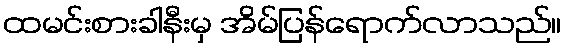
ထမင်းစားခါနီးမှ အိမ်ပြန်ရောက်လာသည်။